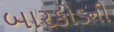
બારકોડની